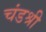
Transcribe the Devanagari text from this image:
चंडश्री